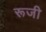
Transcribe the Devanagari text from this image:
रूजी